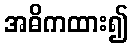
အဓိကထား၍